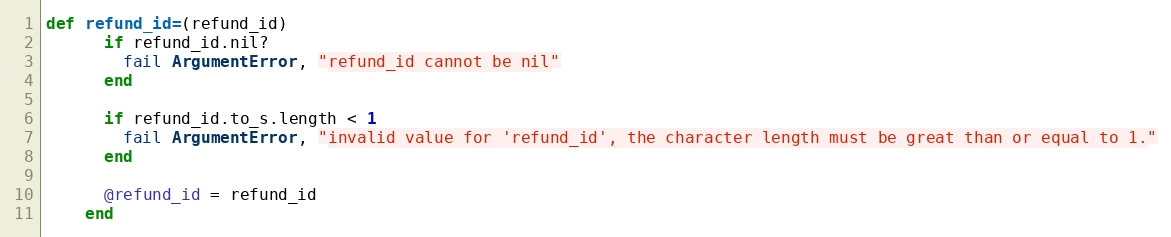
Language: Ruby
def refund_id=(refund_id)
      if refund_id.nil?
        fail ArgumentError, "refund_id cannot be nil"
      end

      if refund_id.to_s.length < 1
        fail ArgumentError, "invalid value for 'refund_id', the character length must be great than or equal to 1."
      end

      @refund_id = refund_id
    end